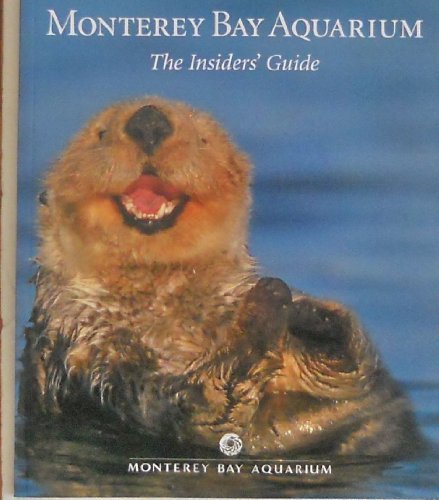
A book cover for Monterey Bay Aquarium Visitor Book; Nora L. Deans; Sports & Outdoors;